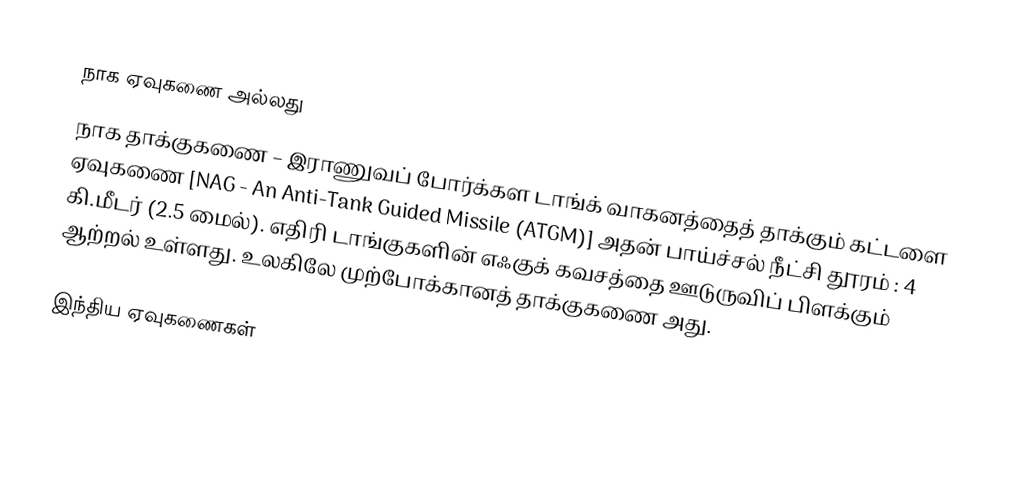
நாக ஏவுகணை அல்லது
நாக தாக்குகணை – இராணுவப் போர்க்கள டாங்க் வாகனத்தைத் தாக்கும் கட்டளை ஏவுகணை [NAG - An Anti-Tank Guided Missile (ATGM)] அதன் பாய்ச்சல் நீட்சி தூரம் : 4 கி.மீடர் (2.5 மைல்). எதிரி டாங்குகளின் எஃகுக் கவசத்தை ஊடுருவிப் பிளக்கும் ஆற்றல் உள்ளது. உலகிலே முற்போக்கானத் தாக்குகணை அது.

 இந்திய ஏவுகணைகள்